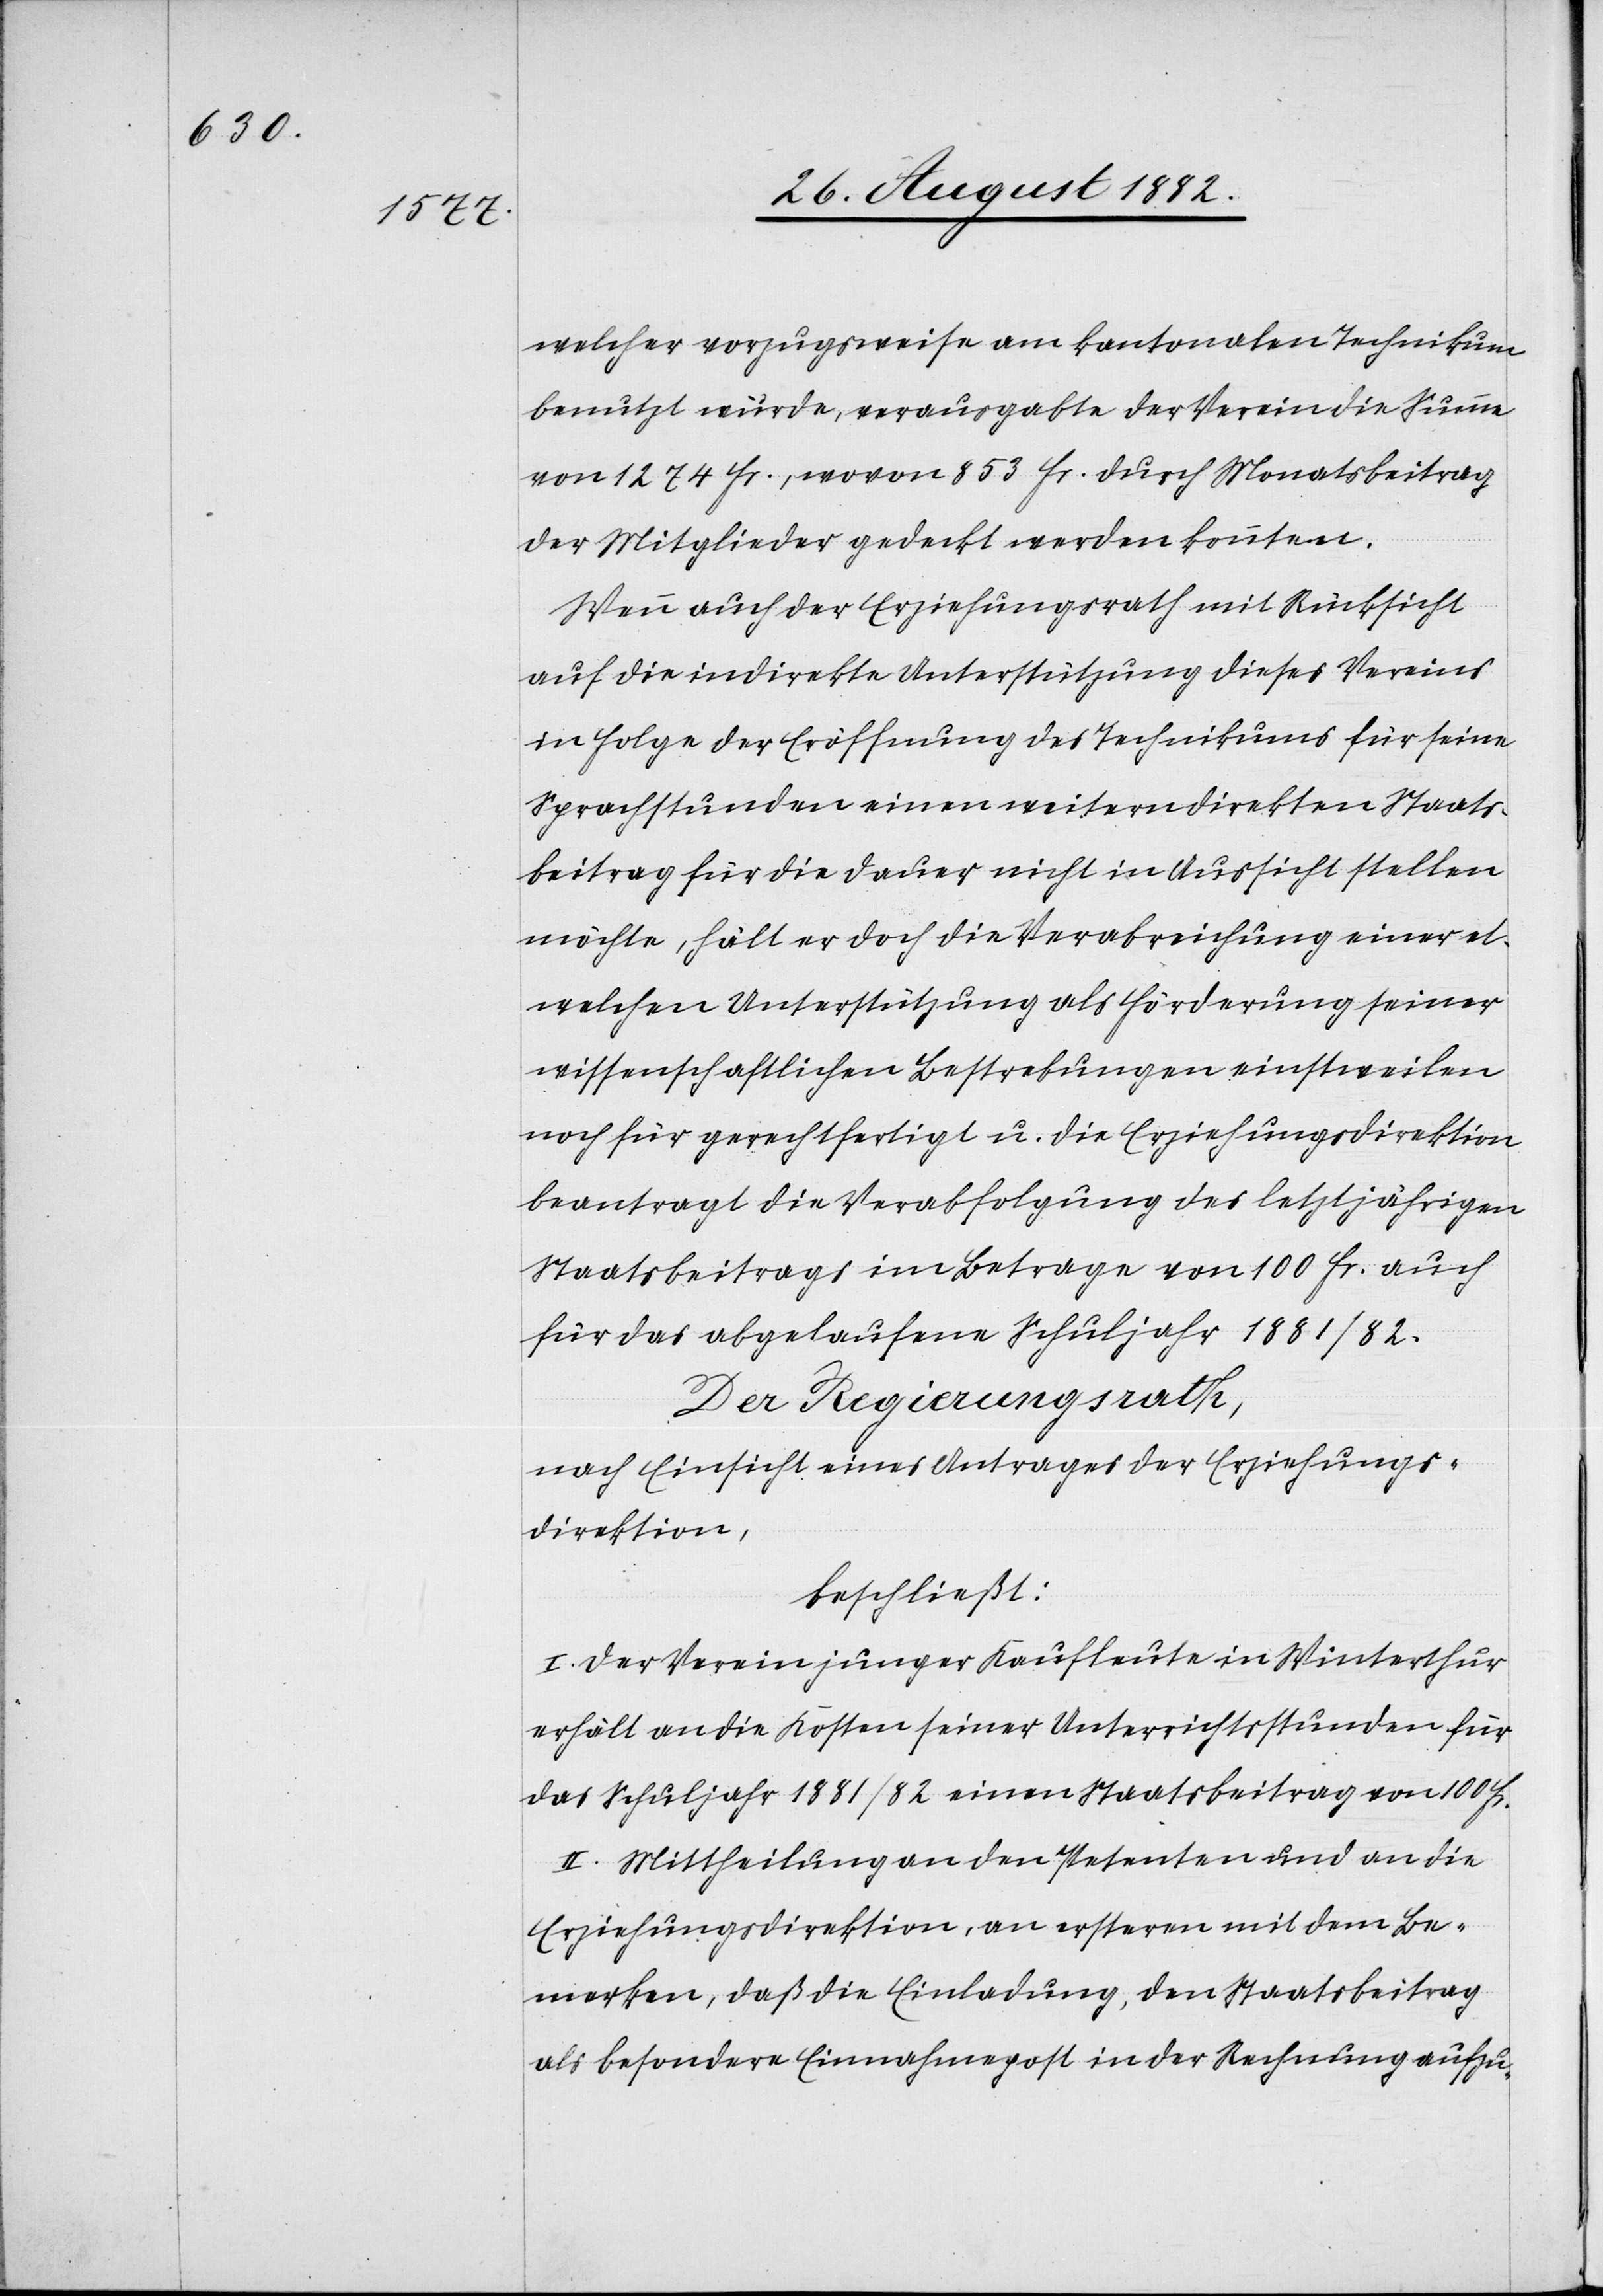
welcher vorzugsweise am kantonalen Technikum
benutzt würde, verausgabte der Verein die Summe
von 1274 Fr., wovon 853 Fr. durch Monatsbeitrag
der Mitglieder gedeckt werden konnten.
Wenn auch der Erziehungsrath mit Rücksicht
auf die indirekte Unterstützung dieses Vereins
in Folge der Eröffnung des Technikums für seine
Sprachstunden einen weitern direkten Staats¬
beitrag für die Dauer nicht in Aussicht stellen
möchte, hält er doch die Verabreichung einer et¬
welchen Unterstützung als Förderung seiner
wissenschaftlichen Bestrebungen einstweilen
noch für gerechtfertigt u. die Erziehungsdirektion
beantragt die Verabfolgung des letztjährigen
Staatsbeitrages im Betrage von 100 Fr., auch
für das abgelaufene Schuljahr 1881/82.
Der Regierungsrath,
nach Einsicht eines Antrages der Erziehungs¬
direktion,
beschließt:
I. Der Verein junger Kaufleute in Winterthur
erhält an die Kosten seiner Unterrichtsstunden für
das Schuljahr 1881/82 einen Staatsbeitrag von 100 Fr.
II. Mittheilung an den Petenten und an die
Erziehungsdirektion, an ersteren mit dem Be¬
merken, daß die Einladung, den Staatsbeitrag
als besondere Einnahmepost in der Rechnung aufzu-